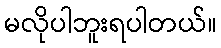
မလိုပါဘူးရပါတယ်။